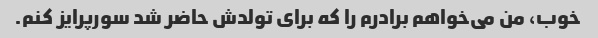
خوب، من می‌خواهم برادرم را که برای تولدش حاضر شد سورپرایز کنم.